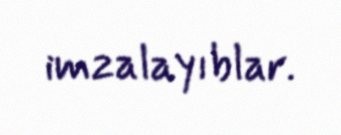
imzalayıblar.